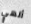
ألهي